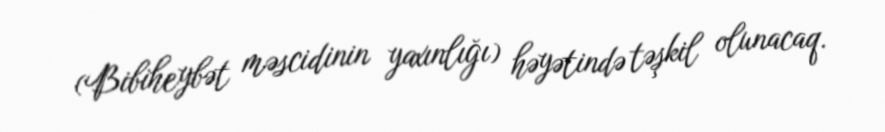
(Bibiheybət məscidinin yaxınlığı) həyətində təşkil olunacaq.